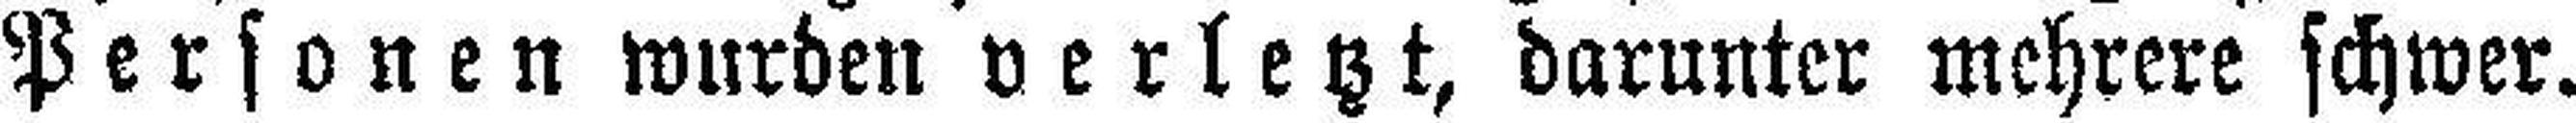
Personen wurden verletzt, darunter mehrere schwer.